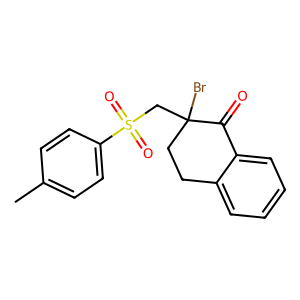
SMILES: Cc1ccc(S(=O)(=O)CC2(Br)CCc3ccccc3C2=O)cc1
Inhibits HIV replication: No